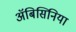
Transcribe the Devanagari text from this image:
अॅबिसिनिया